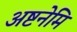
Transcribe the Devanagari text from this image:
अष्टनेमि